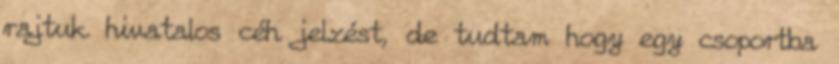
rajtuk hivatalos céh jelzést, de tudtam hogy egy csoportba